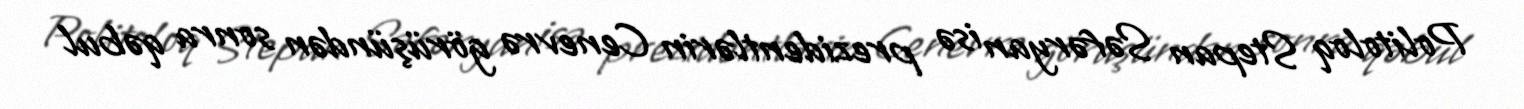
Politoloq Stepan Səfəryan isə prezidentlərin Cenevrə görüşündən sonra qəbul